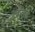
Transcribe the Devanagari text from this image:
त्रयीतले